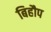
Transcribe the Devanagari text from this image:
बिहौप